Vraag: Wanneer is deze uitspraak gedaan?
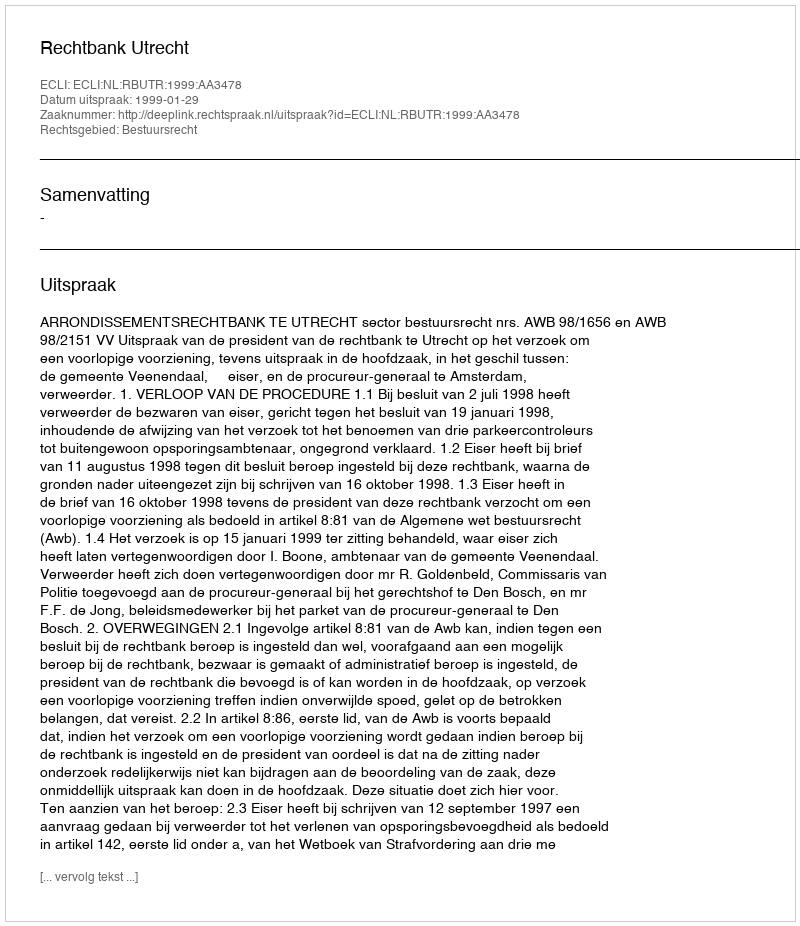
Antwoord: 1999-01-29